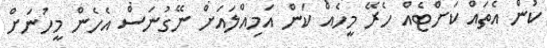
ކުން އެތައް ކަށްޓެއް ހެރޭ މީހެއް ކަން އަމިއްލައަށް ނޭގުނަސް އެހެން މީހުނަށް